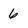
Character: 6